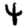
Digit: 4